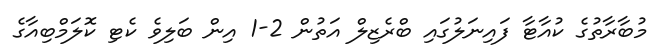
މުބާރާތުގެ ކުއާޓާ ފައިނަލުގައި ބްރެޒިލް އަތުން 2-1 އިން ބަލިވެ ކެޓި ކޮލަމްބިއާގެ